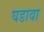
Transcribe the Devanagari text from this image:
घडावा